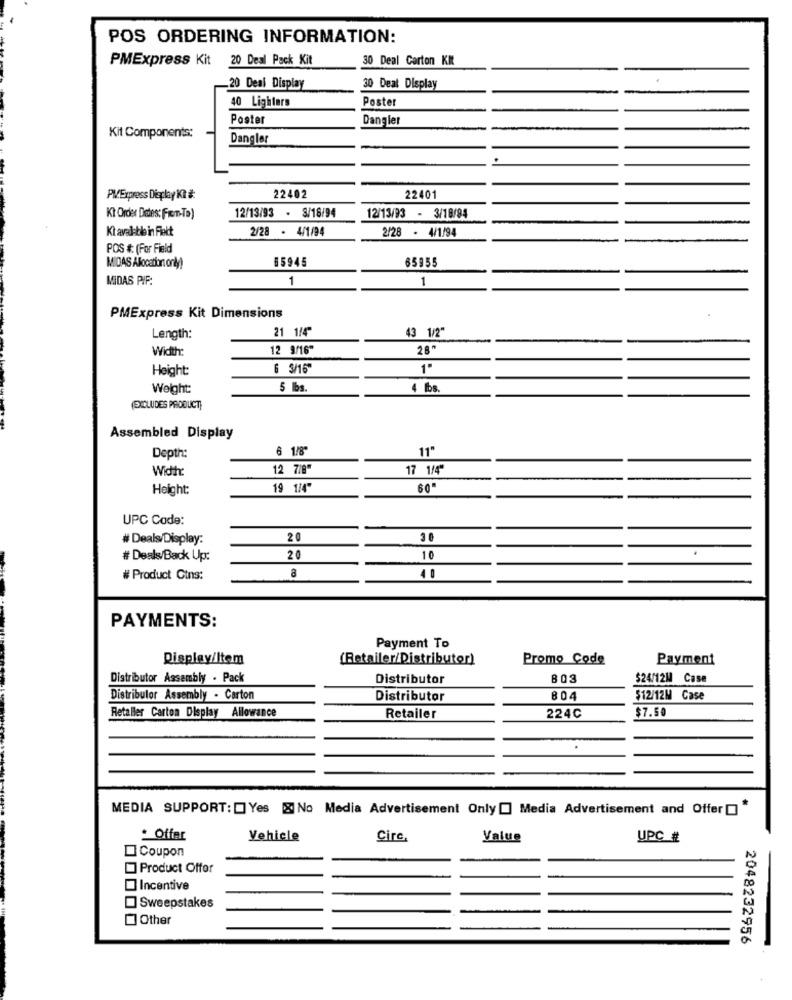
POS ORDERING INFORMATION:
PMExpress Kit 20 Deal Pack Kit
30 Deal Carton KI
20 Deal Display
30 Deal Display
40 Lighters
Poster
Poster
Dangler
Kit Components:
Dangler
Pl/Erpress Display KR #:
22402
22401
Kt Order Detes: (From-To)
12/13/93 - 3/18/94
12/13/93 - 3/18/94
Ki avalible in Flekt
2/28 - 4/1/94
2/28 - 4/1/94
POS #: (For Field
65945
65955
MIDAS Allocationt only)
MIDAS PIF:
1
1
PMExpress Kit Dimensions
21 114
43 1/2"
Length:
Width:
12 9/16"
28"
Height:
6 3/16"
1"
Weight:
5 lbs.
4 lbs.
(EXCLUDES PRODUCT
Assembled Display
6 1/8"
11"
Depth:
Width:
12 7/8"
17 1/4
Height:
19 1/4"
60"
UPC Code:
# Deals/Display:
20
30
# Deals/Back Up:
20
10
a
# Product Cins:
4 0
PAYMENTS:
Payment To
Display/Item
(Retailer/Distributor)
Promo Code
Payment
Distributor Assembly . Pack
Distributor
$24/12M Case
Distributor Assembly - Carton
Distributor
804
$12/12M Case
Retaller Carton Display Allowance
$7.50
Retailer
224℃
MEDIA SUPPORT: Yes & No Media Advertisement Only [] Media Advertisement and Offer "
Offer
Vehicle
Circ
Value
UPC #
Coupon
Product Offer
Incentive
Sweepstakes
Other
2048232956